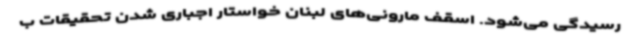
رسیدگی می‌شود. اسقف مارونی‌های لبنان خواستار اجباری شدن تحقیقات ب